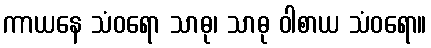
ကာယနေ သံဝရော သာဓု၊ သာဓု ဝါစာယ သံဝရော။